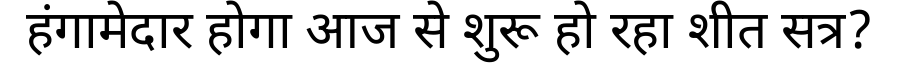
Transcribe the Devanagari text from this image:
हंगामेदार होगा आज से शुरू हो रहा शीत सत्र?